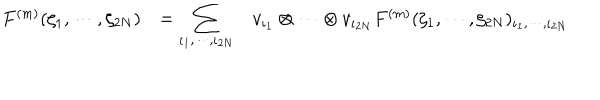
\begin{array} { r c l } { { F ^ { ( m ) } ( \zeta _ { 1 } , \cdots , \zeta _ { 2 N } ) } } & { { = \displaystyle \sum _ { \iota _ { 1 } , \cdots , \iota _ { 2 N } } } } & { { v _ { \iota _ { 1 } } \otimes \cdots \otimes v _ { \iota _ { 2 N } } F ^ { ( m ) } ( \zeta _ { 1 } , \cdots , \zeta _ { 2 N } ) _ { \iota _ { 1 } , \cdots , \iota _ { 2 N } } } } \\ \end{array}